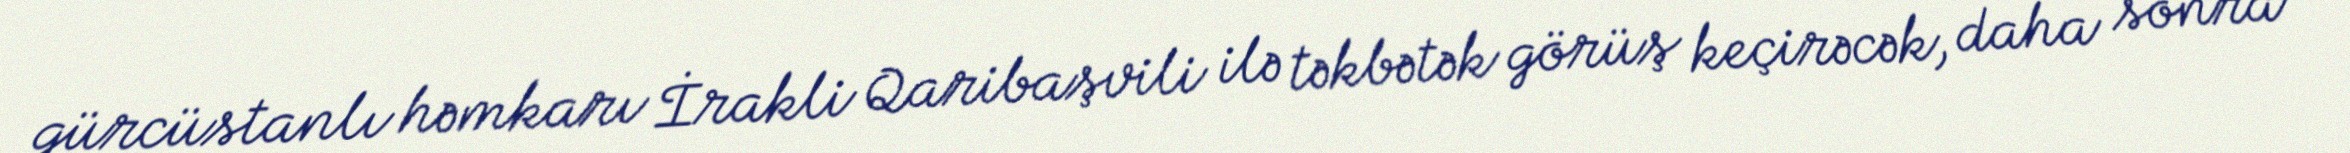
gürcüstanlı həmkarı İrakli Qaribaşvili ilə təkbətək görüş keçirəcək, daha sonra